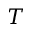
T